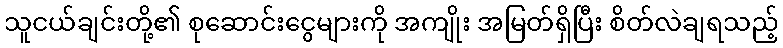
သူငယ်ချင်းတို့၏ စုဆောင်းငွေများကို အကျိုး အမြတ်ရှိပြီး စိတ်လဲချရသည့်